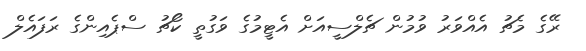
ރޭގެ މެޗު އެއްވަރު ވުމުން ޗެލްސީއަށް އެޓީމުގެ ވަގުތީ ކޯޗު ސްޕެއިންގެ ރަފައެލް